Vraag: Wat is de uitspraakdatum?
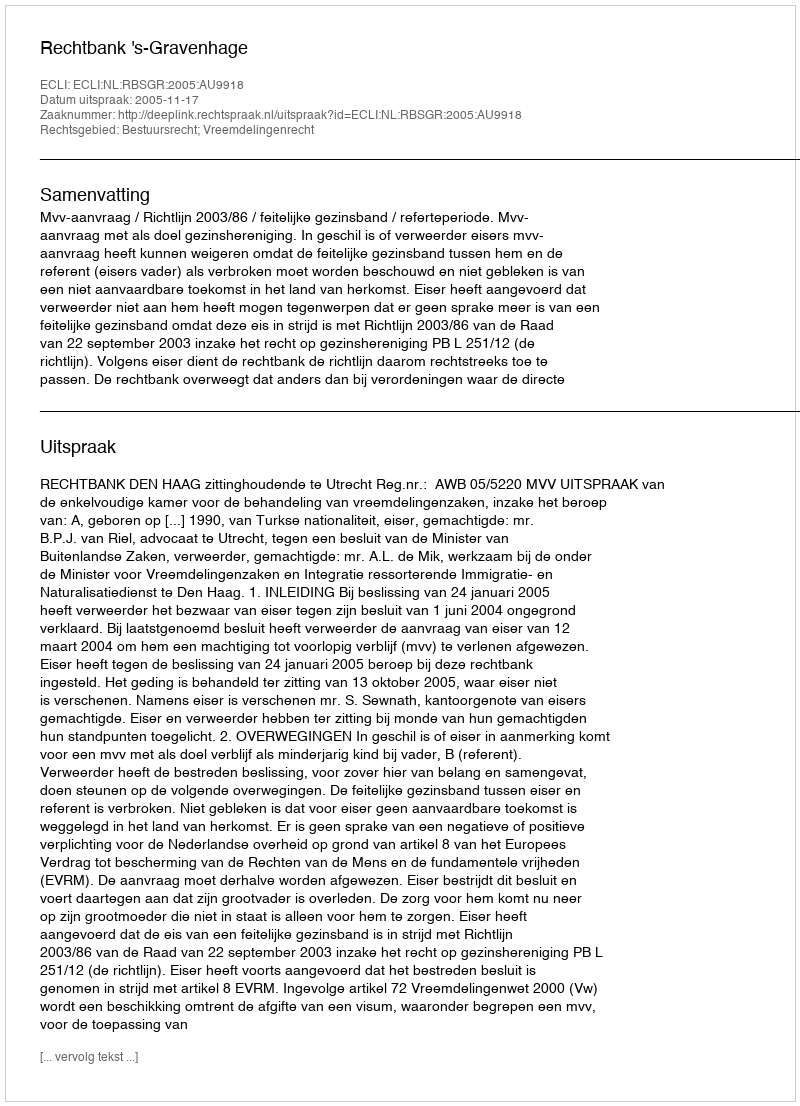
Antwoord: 2005-11-17